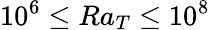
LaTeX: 10^{6}\le Ra_{T}\le 10^{8}